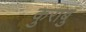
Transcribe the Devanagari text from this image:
कुराबु